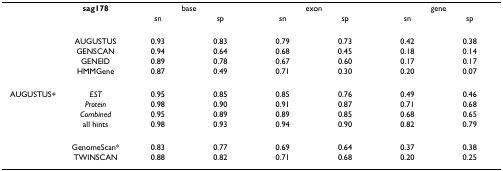
<table><thead><tr><td></td><td><b>sag178</b></td><td colspan="2"><b>base</b></td><td colspan="2"><b>exon</b></td><td colspan="2"><b>gene</b></td></tr><tr><td></td><td></td><td><b>sn</b></td><td><b>sp</b></td><td><b>sn</b></td><td><b>sp</b></td><td><b>sn</b></td><td><b>sp</b></td></tr></thead><tbody><tr><td></td><td>AUGUSTUS</td><td>0.93</td><td>0.83</td><td>0.79</td><td>0.73</td><td>0.42</td><td>0.38</td></tr><tr><td></td><td>GENSCAN</td><td>0.94</td><td>0.64</td><td>0.68</td><td>0.45</td><td>0.18</td><td>0.14</td></tr><tr><td></td><td>GENEID</td><td>0.89</td><td>0.78</td><td>0.67</td><td>0.60</td><td>0.17</td><td>0.17</td></tr><tr><td></td><td>HMMGene</td><td>0.87</td><td>0.49</td><td>0.71</td><td>0.30</td><td>0.20</td><td>0.07</td></tr><tr><td>AUGUSTUS+</td><td><i>EST</i></td><td>0.95</td><td>0.85</td><td>0.85</td><td>0.76</td><td>0.49</td><td>0.46</td></tr><tr><td></td><td><i>Protein</i></td><td>0.98</td><td>0.90</td><td>0.91</td><td>0.87</td><td>0.71</td><td>0.68</td></tr><tr><td></td><td><i>Combined</i></td><td>0.95</td><td>0.89</td><td>0.89</td><td>0.85</td><td>0.68</td><td>0.65</td></tr><tr><td></td><td>all hints</td><td>0.98</td><td>0.93</td><td>0.94</td><td>0.90</td><td>0.82</td><td>0.79</td></tr><tr><td></td><td>GenomeScan*</td><td>0.83</td><td>0.77</td><td>0.69</td><td>0.64</td><td>0.37</td><td>0.38</td></tr><tr><td></td><td>TWINSCAN</td><td>0.88</td><td>0.82</td><td>0.71</td><td>0.68</td><td>0.20</td><td>0.25</td></tr></tbody></table>